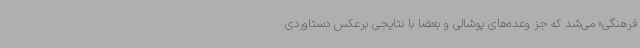
فرهنگی» می‌شد که جز وعده‌های پوشالی و بعضا با نتایجی برعکس دستاوردی